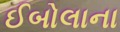
ઈબોલાના